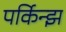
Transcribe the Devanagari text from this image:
पर्किन्झ